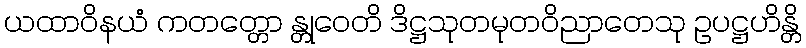
ယထာဝိနယံ ကတတ္တော န္တုဝေတိ ဒိဋ္ဌသုတမုတဝိညာတေသု ဥပဋ္ဌဟိန္တိ